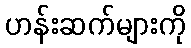
ဟန်းဆက်များကို